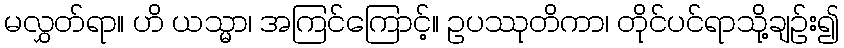
မလွှတ်ရာ။ ဟိ ယသ္မာ၊ အကြင်ကြောင့်။ ဥပဿုတိကာ၊ တိုင်ပင်ရာသို့ချဉ်း၍